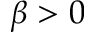
\beta > 0